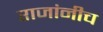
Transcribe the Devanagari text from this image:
राजांनीच